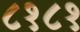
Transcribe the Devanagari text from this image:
८१८१